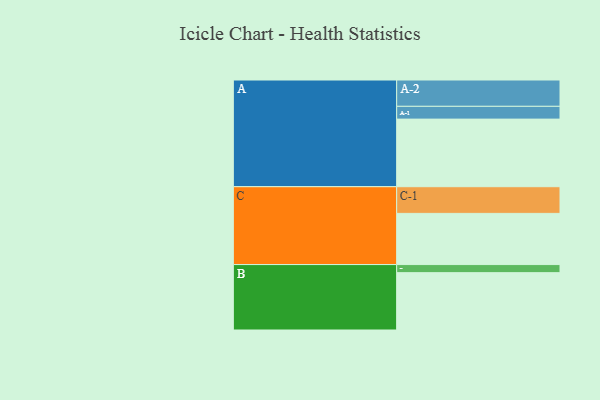
{"axis": {"x": "Segment", "y": "Value"}, "legend": ["", "A", "B", "C"], "data": [{"x": "A", "y": 560, "type": ""}, {"x": "B", "y": 475, "type": ""}, {"x": "C", "y": 424, "type": ""}, {"x": "A-1", "y": 106, "type": "A"}, {"x": "A-2", "y": 218, "type": "A"}, {"x": "B-1", "y": 67, "type": "B"}, {"x": "C-1", "y": 221, "type": "C"}]}